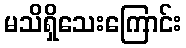
မသိရှိသေးကြောင်း